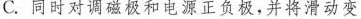
C.同时对调磁极和电源正负极，并将滑动变